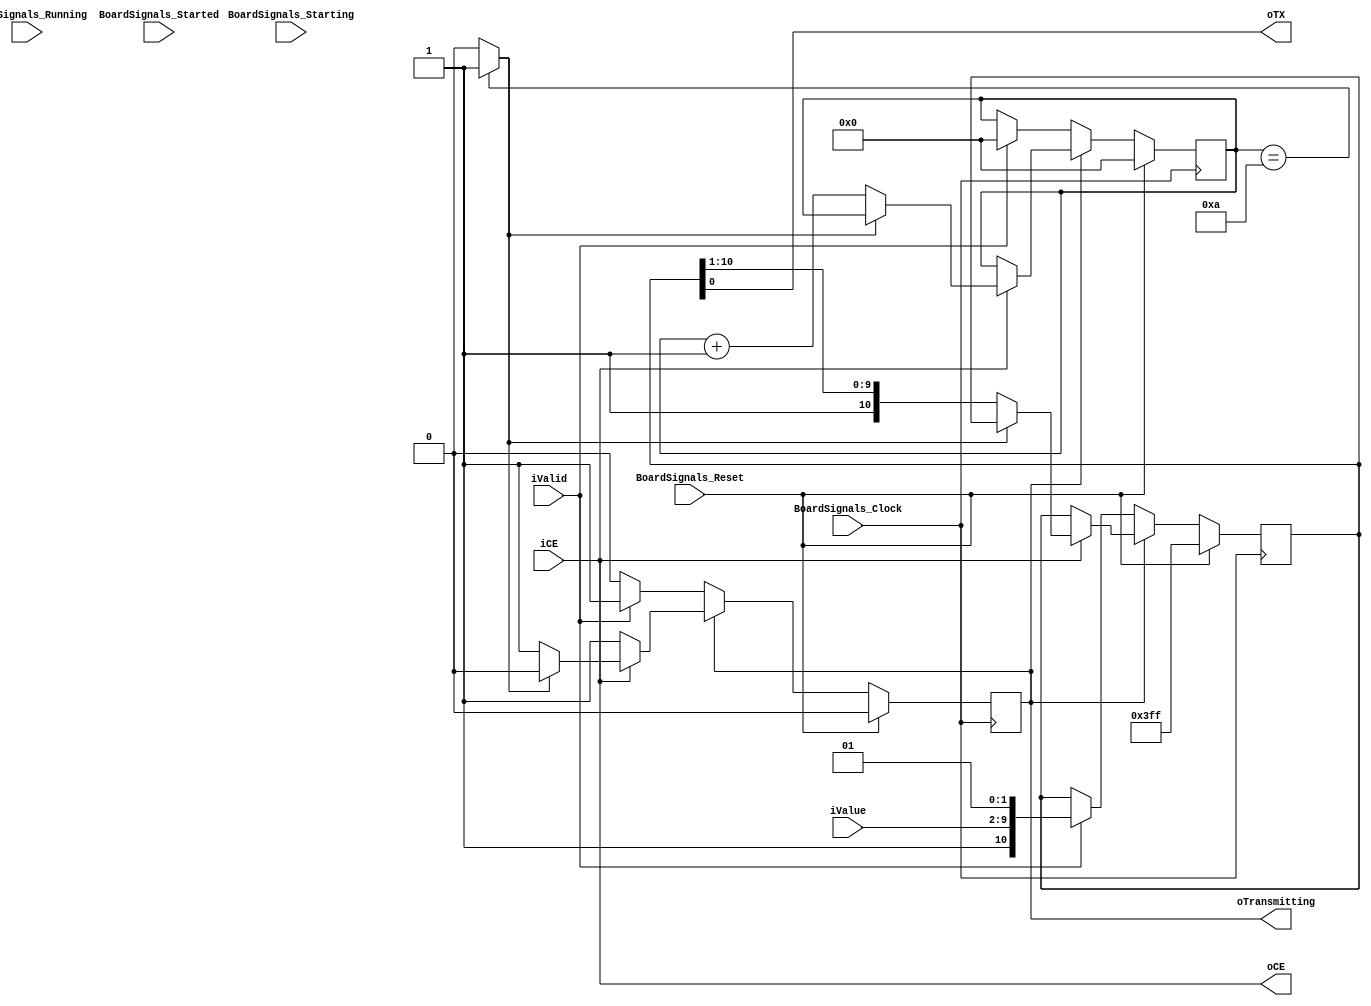
`timescale 1ns/1ps
`default_nettype none
// PLEASE READ THIS, IT MAY SAVE YOU SOME TIME AND MONEY, THANK YOU!
// * This file was generated by Quokka FPGA Toolkit.
// * Generated code is your property, do whatever you want with it
// * Place custom code between [BEGIN USER ***] and [END USER ***].
// * CAUTION: All code outside of [USER] scope is subject to regeneration.
// * Bad things happen sometimes in developer's life,
//   it is recommended to use source control management software (e.g. git, bzr etc) to keep your custom code safe'n'sound.
// * Internal structure of code is subject to change.
//   You can use some of signals in custom code, but most likely they will not exist in future (e.g. will get shorter or gone completely)
// * Please send your feedback, comments, improvement ideas etc. to evmuryshkin@gmail.com
// * Visit https://github.com/EvgenyMuryshkin/QuokkaEvaluation to access latest version of playground
//
// DISCLAIMER:
//   Code comes AS-IS, it is your responsibility to make sure it is working as expected
//   no responsibility will be taken for any loss or damage caused by use of Quokka toolkit.
//
// System configuration name is AXISoCQuadCoreModule_TopLevel_uart_uartTransmitter, clock frequency is 1Hz, Embedded
// FSM summary
// -- Packages
module AXISoCQuadCoreModule_TopLevel_uart_uartTransmitter
(
	// [BEGIN USER PORTS]
	// [END USER PORTS]
	input wire BoardSignals_Clock,
	input wire BoardSignals_Reset,
	input wire BoardSignals_Running,
	input wire BoardSignals_Starting,
	input wire BoardSignals_Started,
	input wire iCE,
	input wire iValid,
	input wire [7:0] iValue,
	output wire oCE,
	output wire oTransmitting,
	output wire oTX
);
	// [BEGIN USER SIGNALS]
	// [END USER SIGNALS]
	localparam HiSignal = 1'b1;
	localparam LoSignal = 1'b0;
	wire Zero = 1'b0;
	wire One = 1'b1;
	wire true = 1'b1;
	wire false = 1'b0;
	wire [3: 0] UARTTransmitterModule_L31F9L59T10_UARTTransmitterModule_L33F13L46T14_UARTTransmitterModule_L35F17L45T18_UARTTransmitterModule_L36F44T46_Expr = 4'b1010;
	wire UARTTransmitterModule_L31F9L59T10_UARTTransmitterModule_L33F13L46T14_UARTTransmitterModule_L35F17L45T18_UARTTransmitterModule_L37F21L39T22_UARTTransmitterModule_L38F50T55_Expr = 1'b0;
	wire UARTTransmitterModule_L31F9L59T10_UARTTransmitterModule_L33F13L46T14_UARTTransmitterModule_L35F17L45T18_UARTTransmitterModule_L41F21L44T22_UARTTransmitterModule_L42F72T73_Expr = 1'b1;
	wire UARTTransmitterModule_L31F9L59T10_UARTTransmitterModule_L33F13L46T14_UARTTransmitterModule_L35F17L45T18_UARTTransmitterModule_L41F21L44T22_UARTTransmitterModule_L43F86T90_Expr = 1'b1;
	wire UARTTransmitterModule_L31F9L59T10_UARTTransmitterModule_L48F13L58T14_UARTTransmitterModule_L51F21T25_Expr = 1'b1;
	wire UARTTransmitterModule_L31F9L59T10_UARTTransmitterModule_L48F13L58T14_UARTTransmitterModule_L53F21T26_Expr = 1'b0;
	wire UARTTransmitterModule_L31F9L59T10_UARTTransmitterModule_L48F13L58T14_UARTTransmitterModule_L54F21T25_Expr = 1'b1;
	wire UARTTransmitterModule_L31F9L59T10_UARTTransmitterModule_L48F13L58T14_UARTTransmitterModule_L56F42T46_Expr = 1'b1;
	wire UARTTransmitterModule_L31F9L59T10_UARTTransmitterModule_L48F13L58T14_UARTTransmitterModule_L57F39T40_Expr = 1'b0;
	wire Inputs_iCE;
	wire Inputs_iValid;
	wire [7: 0] Inputs_iValue;
	reg NextState_transmitting;
	reg [7: 0] NextState_txCounter;
	reg [10: 0] NextState_txValue;
	wire [7: 0] UARTTransmitterModule_L31F9L59T10_UARTTransmitterModule_L33F13L46T14_UARTTransmitterModule_L35F17L45T18_UARTTransmitterModule_L41F21L44T22_UARTTransmitterModule_L42F47T74_Cast;
	wire [10: 0] UARTTransmitterModule_L31F9L59T10_UARTTransmitterModule_L33F13L46T14_UARTTransmitterModule_L35F17L45T18_UARTTransmitterModule_L41F21L44T22_UARTTransmitterModule_L43F45T113_Source;
	wire [10: 0] UARTTransmitterModule_L31F9L59T10_UARTTransmitterModule_L48F13L58T14_UARTTransmitterModule_L49F37L55T18_Source;
	reg State_transmitting = 1'b0;
	wire State_transmittingDefault = 1'b0;
	reg [7: 0] State_txCounter = 8'b00000000;
	wire [7: 0] State_txCounterDefault = 8'b00000000;
	reg [10: 0] State_txValue = 11'b00000000000;
	wire [10: 0] State_txValueDefault = 11'b01111111111;
	wire [9: 0] UARTTransmitterModule_L31F9L59T10_UARTTransmitterModule_L33F13L46T14_UARTTransmitterModule_L35F17L45T18_UARTTransmitterModule_L41F21L44T22_UARTTransmitterModule_L42F54T73_Expr;
	wire signed [9: 0] UARTTransmitterModule_L31F9L59T10_UARTTransmitterModule_L33F13L46T14_UARTTransmitterModule_L35F17L45T18_UARTTransmitterModule_L41F21L44T22_UARTTransmitterModule_L42F54T73_Expr_1;
	wire signed [9: 0] UARTTransmitterModule_L31F9L59T10_UARTTransmitterModule_L33F13L46T14_UARTTransmitterModule_L35F17L45T18_UARTTransmitterModule_L41F21L44T22_UARTTransmitterModule_L42F54T73_Expr_2;
	wire UARTTransmitterModule_L31F9L59T10_UARTTransmitterModule_L33F13L46T14_UARTTransmitterModule_L35F17L45T18_UARTTransmitterModule_L36F25T46_Expr;
	wire signed [8: 0] UARTTransmitterModule_L31F9L59T10_UARTTransmitterModule_L33F13L46T14_UARTTransmitterModule_L35F17L45T18_UARTTransmitterModule_L36F25T46_ExprLhs;
	wire signed [8: 0] UARTTransmitterModule_L31F9L59T10_UARTTransmitterModule_L33F13L46T14_UARTTransmitterModule_L35F17L45T18_UARTTransmitterModule_L36F25T46_ExprRhs;
	always @ (posedge BoardSignals_Clock)
	begin
		if ((BoardSignals_Reset == 1))
		begin
			State_transmitting <= State_transmittingDefault;
			State_txCounter <= State_txCounterDefault;
			State_txValue <= State_txValueDefault;
		end
		else
		begin
			State_transmitting <= NextState_transmitting;
			State_txCounter <= NextState_txCounter;
			State_txValue <= NextState_txValue;
		end
	end
	assign UARTTransmitterModule_L31F9L59T10_UARTTransmitterModule_L33F13L46T14_UARTTransmitterModule_L35F17L45T18_UARTTransmitterModule_L36F25T46_Expr = UARTTransmitterModule_L31F9L59T10_UARTTransmitterModule_L33F13L46T14_UARTTransmitterModule_L35F17L45T18_UARTTransmitterModule_L36F25T46_ExprLhs == UARTTransmitterModule_L31F9L59T10_UARTTransmitterModule_L33F13L46T14_UARTTransmitterModule_L35F17L45T18_UARTTransmitterModule_L36F25T46_ExprRhs ? 1'b1 : 1'b0;
	assign UARTTransmitterModule_L31F9L59T10_UARTTransmitterModule_L33F13L46T14_UARTTransmitterModule_L35F17L45T18_UARTTransmitterModule_L41F21L44T22_UARTTransmitterModule_L42F54T73_Expr = UARTTransmitterModule_L31F9L59T10_UARTTransmitterModule_L33F13L46T14_UARTTransmitterModule_L35F17L45T18_UARTTransmitterModule_L41F21L44T22_UARTTransmitterModule_L42F54T73_Expr_1 + UARTTransmitterModule_L31F9L59T10_UARTTransmitterModule_L33F13L46T14_UARTTransmitterModule_L35F17L45T18_UARTTransmitterModule_L41F21L44T22_UARTTransmitterModule_L42F54T73_Expr_2;
	always @ (*)
	begin
		NextState_transmitting = State_transmitting;
		NextState_txCounter = State_txCounter;
		NextState_txValue = State_txValue;
		if ((State_transmitting == 1))
		begin
			if ((Inputs_iCE == 1))
			begin
				if ((UARTTransmitterModule_L31F9L59T10_UARTTransmitterModule_L33F13L46T14_UARTTransmitterModule_L35F17L45T18_UARTTransmitterModule_L36F25T46_Expr == 1))
				begin
					NextState_transmitting = UARTTransmitterModule_L31F9L59T10_UARTTransmitterModule_L33F13L46T14_UARTTransmitterModule_L35F17L45T18_UARTTransmitterModule_L37F21L39T22_UARTTransmitterModule_L38F50T55_Expr;
				end
				else
				begin
					NextState_txCounter = UARTTransmitterModule_L31F9L59T10_UARTTransmitterModule_L33F13L46T14_UARTTransmitterModule_L35F17L45T18_UARTTransmitterModule_L41F21L44T22_UARTTransmitterModule_L42F47T74_Cast;
					NextState_txValue = UARTTransmitterModule_L31F9L59T10_UARTTransmitterModule_L33F13L46T14_UARTTransmitterModule_L35F17L45T18_UARTTransmitterModule_L41F21L44T22_UARTTransmitterModule_L43F45T113_Source;
				end
			end
		end
		else if ((Inputs_iValid == 1))
		begin
			NextState_txValue = UARTTransmitterModule_L31F9L59T10_UARTTransmitterModule_L48F13L58T14_UARTTransmitterModule_L49F37L55T18_Source;
			NextState_transmitting = UARTTransmitterModule_L31F9L59T10_UARTTransmitterModule_L48F13L58T14_UARTTransmitterModule_L56F42T46_Expr;
			NextState_txCounter = {
				{7{1'b0}},
				UARTTransmitterModule_L31F9L59T10_UARTTransmitterModule_L48F13L58T14_UARTTransmitterModule_L57F39T40_Expr
			}
			;
		end
	end
	assign UARTTransmitterModule_L31F9L59T10_UARTTransmitterModule_L33F13L46T14_UARTTransmitterModule_L35F17L45T18_UARTTransmitterModule_L36F25T46_ExprLhs = {
		1'b0,
		State_txCounter
	}
	;
	assign UARTTransmitterModule_L31F9L59T10_UARTTransmitterModule_L33F13L46T14_UARTTransmitterModule_L35F17L45T18_UARTTransmitterModule_L36F25T46_ExprRhs = {
		{5{1'b0}},
		UARTTransmitterModule_L31F9L59T10_UARTTransmitterModule_L33F13L46T14_UARTTransmitterModule_L35F17L45T18_UARTTransmitterModule_L36F44T46_Expr
	}
	;
	assign UARTTransmitterModule_L31F9L59T10_UARTTransmitterModule_L33F13L46T14_UARTTransmitterModule_L35F17L45T18_UARTTransmitterModule_L41F21L44T22_UARTTransmitterModule_L42F54T73_Expr_1 = {
		{2{1'b0}},
		State_txCounter
	}
	;
	assign UARTTransmitterModule_L31F9L59T10_UARTTransmitterModule_L33F13L46T14_UARTTransmitterModule_L35F17L45T18_UARTTransmitterModule_L41F21L44T22_UARTTransmitterModule_L42F54T73_Expr_2 = {
		{9{1'b0}},
		UARTTransmitterModule_L31F9L59T10_UARTTransmitterModule_L33F13L46T14_UARTTransmitterModule_L35F17L45T18_UARTTransmitterModule_L41F21L44T22_UARTTransmitterModule_L42F72T73_Expr
	}
	;
	assign Inputs_iCE = iCE;
	assign Inputs_iValid = iValid;
	assign Inputs_iValue = iValue;
	assign UARTTransmitterModule_L31F9L59T10_UARTTransmitterModule_L33F13L46T14_UARTTransmitterModule_L35F17L45T18_UARTTransmitterModule_L41F21L44T22_UARTTransmitterModule_L42F47T74_Cast = UARTTransmitterModule_L31F9L59T10_UARTTransmitterModule_L33F13L46T14_UARTTransmitterModule_L35F17L45T18_UARTTransmitterModule_L41F21L44T22_UARTTransmitterModule_L42F54T73_Expr[7:0];
	assign UARTTransmitterModule_L31F9L59T10_UARTTransmitterModule_L33F13L46T14_UARTTransmitterModule_L35F17L45T18_UARTTransmitterModule_L41F21L44T22_UARTTransmitterModule_L43F45T113_Source = {
		UARTTransmitterModule_L31F9L59T10_UARTTransmitterModule_L33F13L46T14_UARTTransmitterModule_L35F17L45T18_UARTTransmitterModule_L41F21L44T22_UARTTransmitterModule_L43F86T90_Expr,
		State_txValue[10:1]
	}
	;
	assign UARTTransmitterModule_L31F9L59T10_UARTTransmitterModule_L48F13L58T14_UARTTransmitterModule_L49F37L55T18_Source = {
		UARTTransmitterModule_L31F9L59T10_UARTTransmitterModule_L48F13L58T14_UARTTransmitterModule_L51F21T25_Expr,
		Inputs_iValue,
		UARTTransmitterModule_L31F9L59T10_UARTTransmitterModule_L48F13L58T14_UARTTransmitterModule_L53F21T26_Expr,
		UARTTransmitterModule_L31F9L59T10_UARTTransmitterModule_L48F13L58T14_UARTTransmitterModule_L54F21T25_Expr
	}
	;
	assign oCE = Inputs_iCE;
	assign oTransmitting = State_transmitting;
	assign oTX = State_txValue[0];
	// [BEGIN USER ARCHITECTURE]
	// [END USER ARCHITECTURE]
endmodule